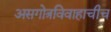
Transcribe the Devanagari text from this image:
असगोत्रविवाहाचीच